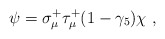
\begin{align*}\psi = \sigma^+_\mu \tau^+_\mu(1-\gamma_5) \chi~,\end{align*}